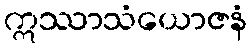
ဣဿာသံယောဇနံ